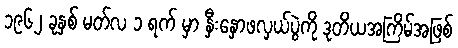
၁၉၆၂ ခုနှစ် မတ်လ ၁ ရက် မှာ နှီးနှောဖလှယ်ပွဲကို ဒုတိယအကြိမ်အဖြစ်